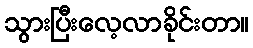
သွားပြီးလေ့လာခိုင်းတာ။